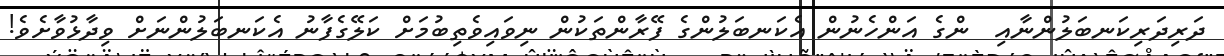
ދަރިދަރިކަނބަލުންނާއި  ންގެ އަންހެނުން އެކަނބަލުންގެ ފޭރާންތަކުން ނިވައިވެތިބުމަށް ކަލޭގެފާނު އެކަނބަލުންނަށް ވިދާޅުވާށެވެ!